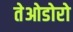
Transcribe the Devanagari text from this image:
तेओडोरो